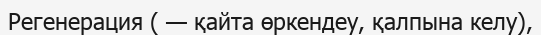
Регенерация ( — қайта өркендеу, қалпына келу),